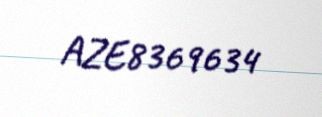
AZE8369634